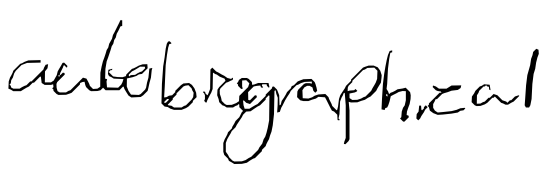
Text: autobiographical
Cross-out: clean
Writing tool: digital_black